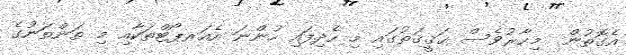
އެގޮތުން  މިހާރުވެސް ޙަޤީޤަތުގައި މި ހެދިފައި ހުންނަ އެއަރޕޯޓްތަކާއި މި ތަންތަނުގެ